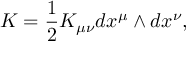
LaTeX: K = \frac { 1 } { 2 } K _ { \mu \nu } d x ^ { \mu } \wedge d x ^ { \nu } ,